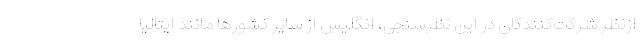
ازنظر شرکت‌کنندگان در این نظرسنجی، انگلیس از سایر کشورها مانند ایتالیا